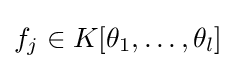
f_{j}\in K[\theta _{1},\dots ,\theta _{l}]